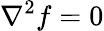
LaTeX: \nabla^{2}f=0